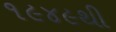
૧૯૪૯થી